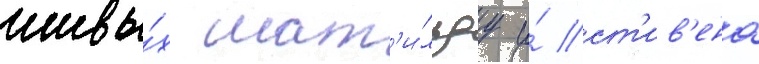
живы́х мат'и́льду и́ ст'ив'ена